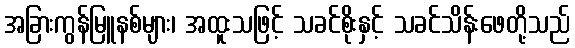
အခြားကွန်မြူနစ်များ၊ အထူးသဖြင့် သခင်စိုးနှင့် သခင်သိန်းဖေတို့သည်